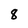
Character: 8